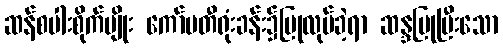
ဆန်စပါးစိုက်ပျိုး ကော်မတီရုံးခန်း၌ပြုလုပ်ခဲ့ရာ ဆန္ဒပြုပြီးသော